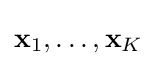
\mathbf {x} _{1},\dots ,\mathbf {x} _{K}